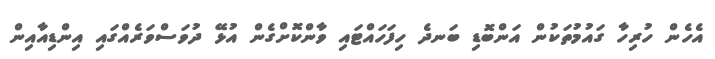
އެހެން ހުރިހާ ގައުމުތަކުން އަންބޮޑި ބަނދެ ހިފަހައްޓައި ވާންކޮށްގެން އުޅޭ ދުވަސްވަރެއްގައި އިންޑިއާއިން